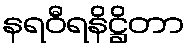
နရဝီရနိဋ္ဌိတာ